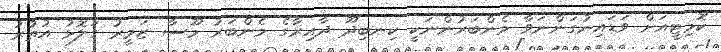
ކޮމިޓީއަށް ވަޑައިނުގަންނަވާ މެންބަރުންނަކީ ކިނބިދޫ ދާއިރާގެ މެންބަރު މޫސާ ޒަމީރު ގަލޮޅު އުތުރު